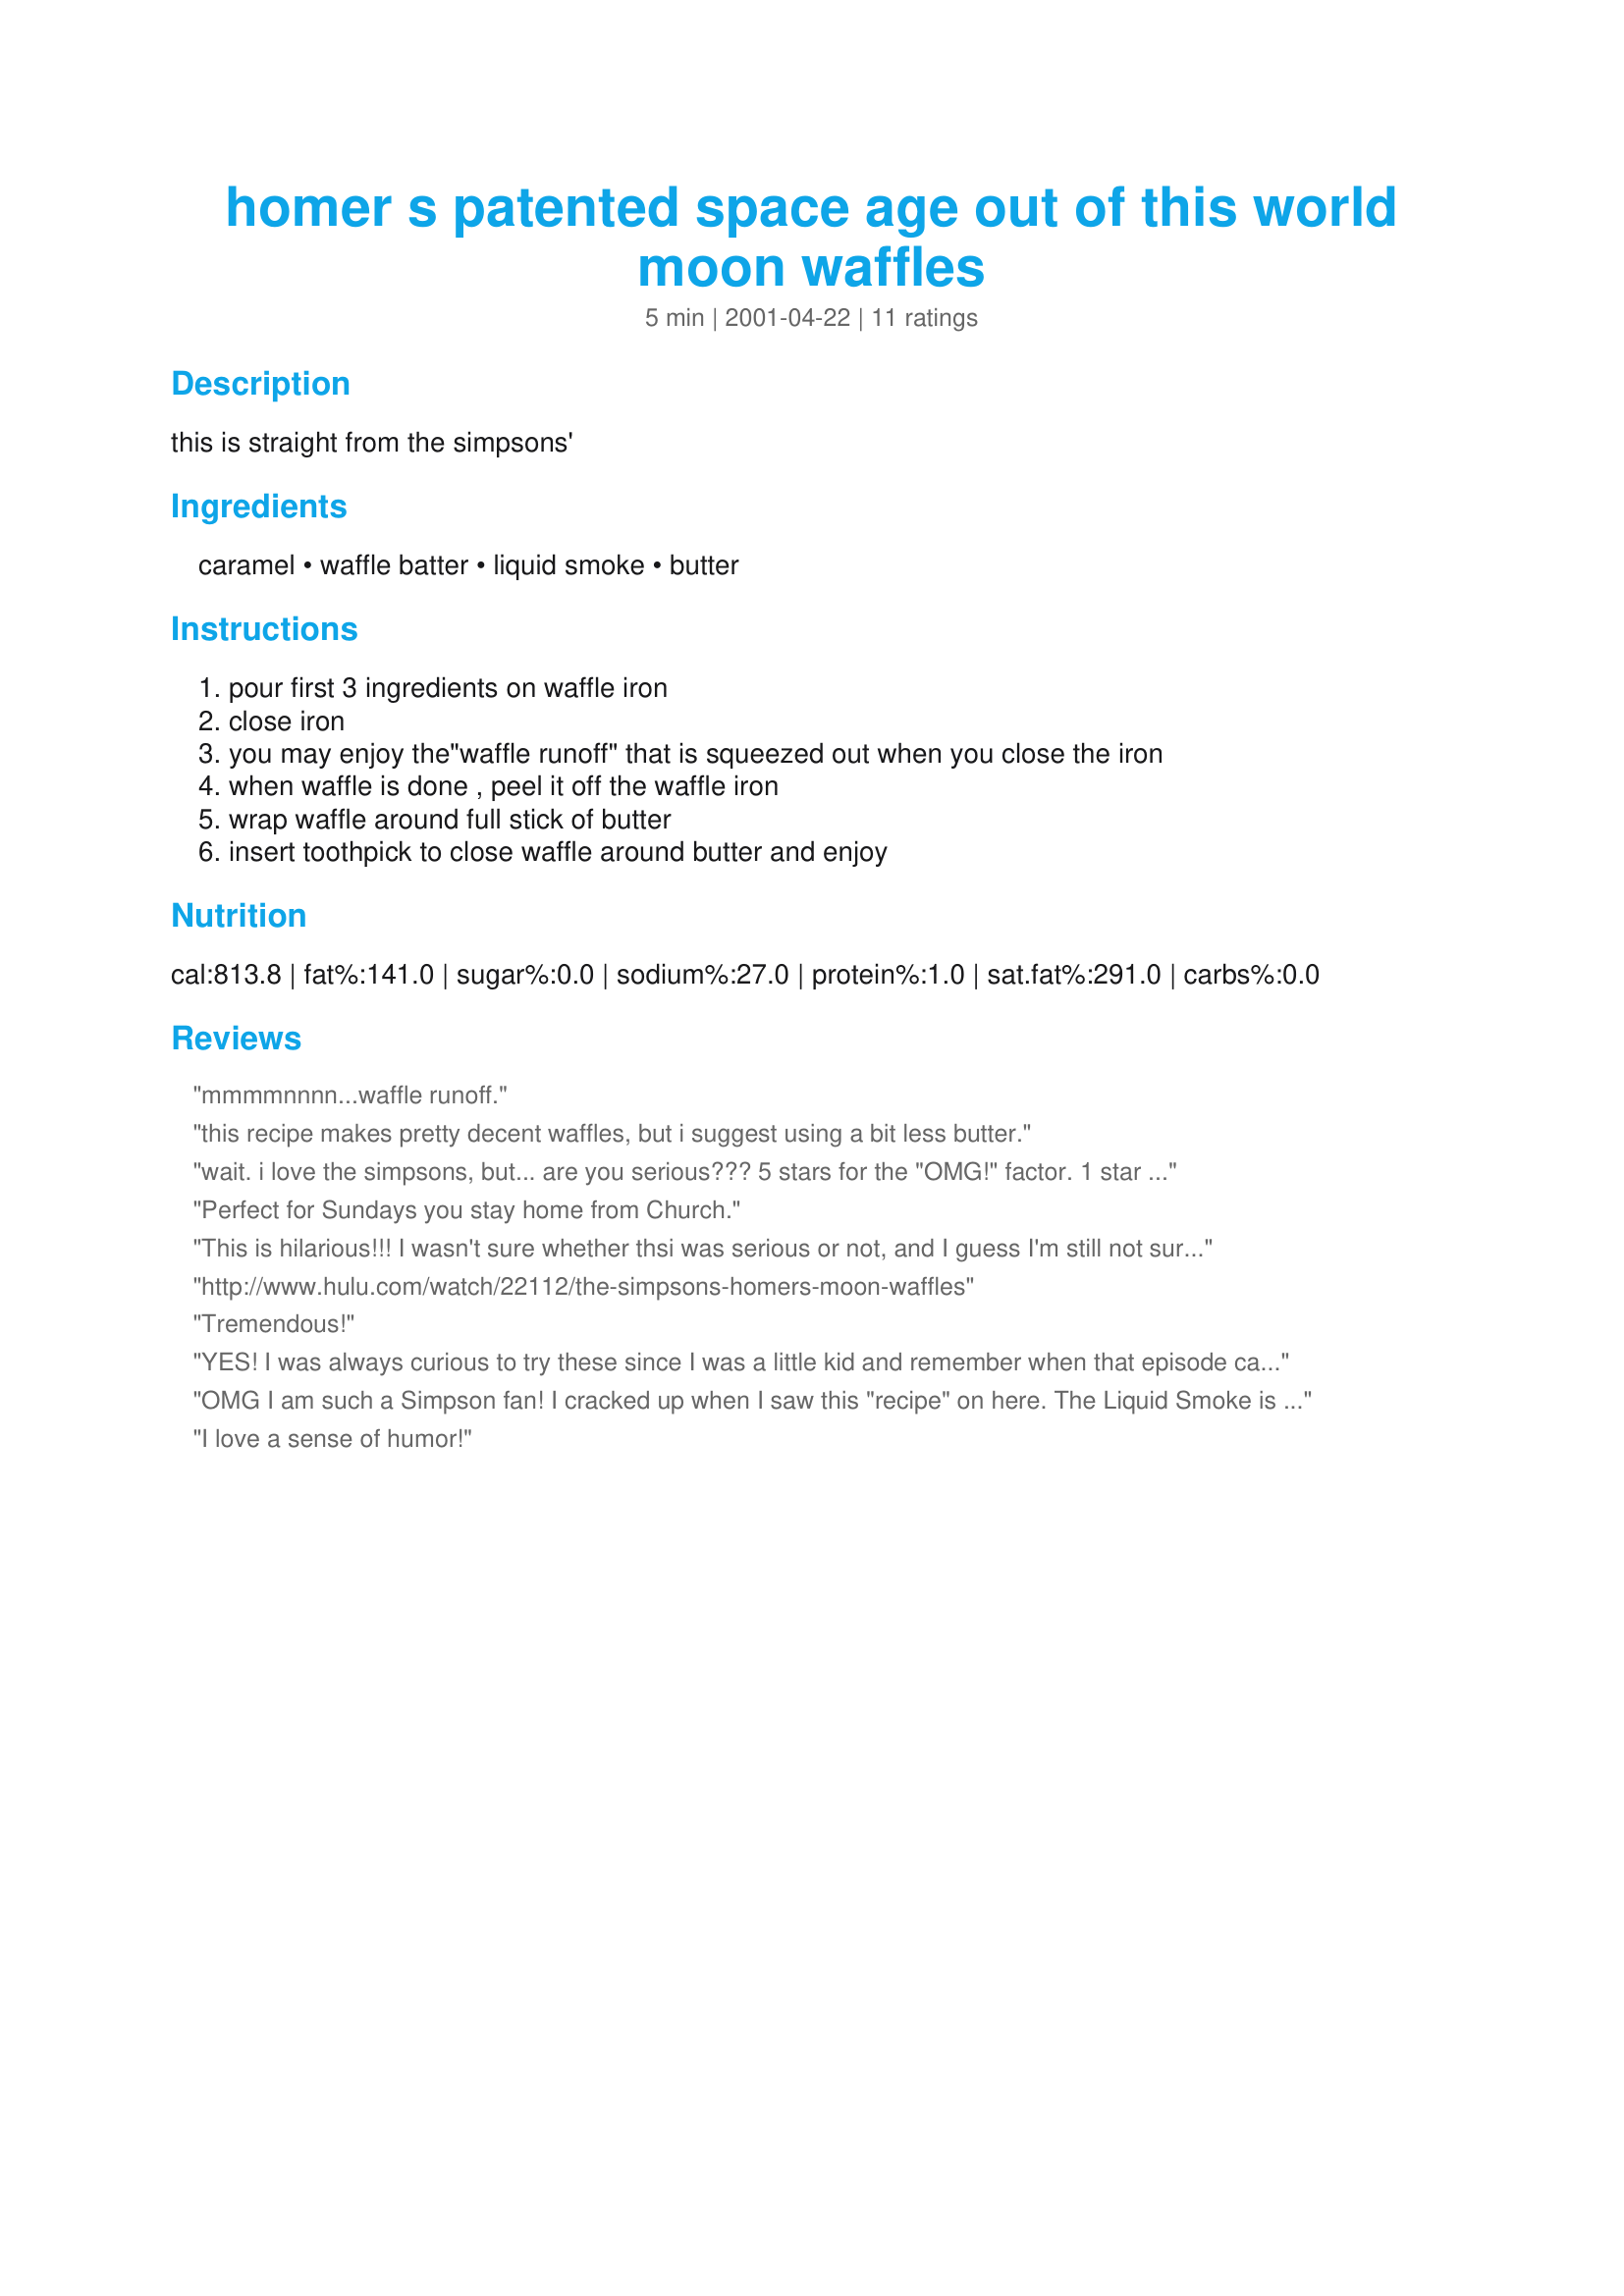
homer s patented space age out of this world moon waffles
Preparation time: 5 minutes

this is straight from the simpsons'

Ingredients:
caramel, waffle batter, liquid smoke, butter

Steps:
pour first 3 ingredients on waffle iron, close iron, you may enjoy the"waffle runoff" that is squeezed out when you close the iron, when waffle is done , peel it off the waffle iron, wrap waffle around full stick of butter, insert toothpick to close waffle around butter and enjoy

Reviews:
mmmmnnnn...waffle runoff.
this recipe makes pretty decent waffles, but i suggest using a bit less butter.
wait. 
i love the simpsons, but...
are you serious???

5 stars for the "OMG!" factor. 

1 star for the "1 whole stick of butter????" factor
Perfect for Sundays you stay home from Church.
This is hilarious!!! I wasn't sure whether thsi was serious or not, and I guess I'm still not sure...I guess you COULD eat a stick of butter. :-)
http://www.hulu.com/watch/22112/the-simpsons-homers-moon-waffles
Tremendous!
YES! I was always curious to try these since I was a little kid and remember when that episode came out! Classic Homer! (I'm with the other hardcore fans who believe the show became inferior after Season 12.) It gummed up the living crap out of my waffle iron but ha it was worth it. I'll post pics next time I make these. But I just couldn't wrap it around a stick of butter...that's just too much. Heh by themselves though they RULED!
OMG I am such a Simpson fan! I cracked up when I saw this "recipe" on here. The Liquid Smoke is what makes it out of this world lol!! Thanks for sharing!
I love a sense of humor!
Best waffles EVER!
